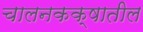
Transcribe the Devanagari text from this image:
चालनकक्षातील